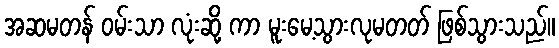
အဆမတန် ဝမ်းသာ လုံးဆို့ ကာ မူးမေ့သွားလုမတတ် ဖြစ်သွားသည်။